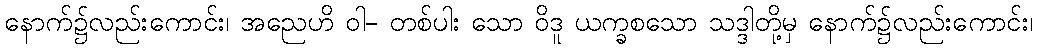
နောက်၌လည်းကောင်း၊ အညေဟိ ဝါ- တစ်ပါး သော ဝိဒူ ယက္ခစသော သဒ္ဒါတို့မှ နောက်၌လည်းကောင်း၊